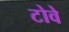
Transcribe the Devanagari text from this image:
टोवे